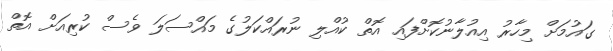
ގައުމަށް މިހާރު އިއުލާނުކޮށްފައި އޮތް ކުއްލި ނުރައްކަލުގެ މައްސަލަ ވެސް ކުރިއަށް އޮތް